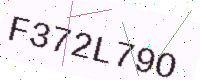
Text: F372L79O